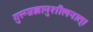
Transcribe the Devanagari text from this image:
गुरूप्रज्ञानुशीलनात्।